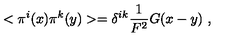
< \pi ^ { i } ( x ) \pi ^ { k } ( y ) > = \delta ^ { i k } \frac { 1 } { F ^ { 2 } } G ( x - y ) \ ,